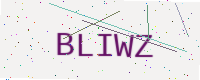
Text: BLIWZ